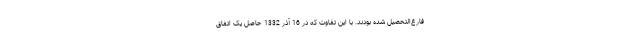
فارغ‌التحصیل شده بودند. با این تفاوت که در 16 آذر 1332 حاصل یک اتفاق